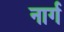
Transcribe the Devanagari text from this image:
नार्ग